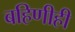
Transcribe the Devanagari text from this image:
बहिणीही